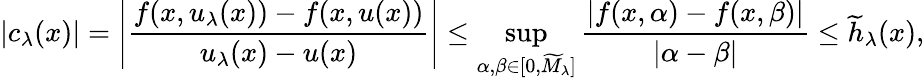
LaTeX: \left|c_{\lambda}(x)\right|=\left|\frac{f(x,u_{\lambda}(x))-f(x,u(x))}{u_{\lambda}(x)-u(x)}\right|\leq\operatorname*{sup}_{\alpha,\beta\in[0,\widetilde{M}_{\lambda}]}\frac{|f(x,\alpha)-f(x,\beta)|}{|\alpha-\beta|}\leq\widetilde{h}_{\lambda}(x),